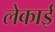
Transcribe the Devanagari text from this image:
लेकाई